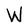
Character: W